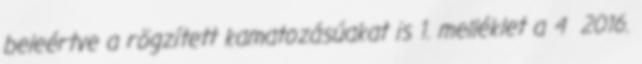
beleértve a rögzített kamatozásúakat is 1. melléklet a 4 2016.